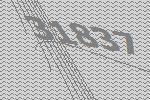
31837